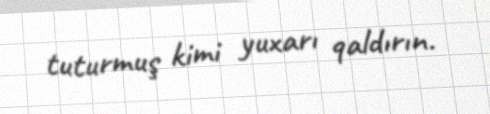
tuturmuş kimi yuxarı qaldırın.